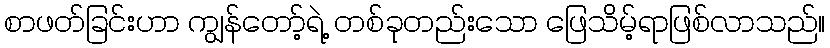
စာဖတ်ခြင်းဟာ ကျွန်တော့်ရဲ့ တစ်ခုတည်းသော ဖြေသိမ့်ရာဖြစ်လာသည်။